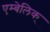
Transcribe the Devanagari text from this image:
एम्बेलिक्